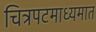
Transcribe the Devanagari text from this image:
चित्रपटमाध्यमात